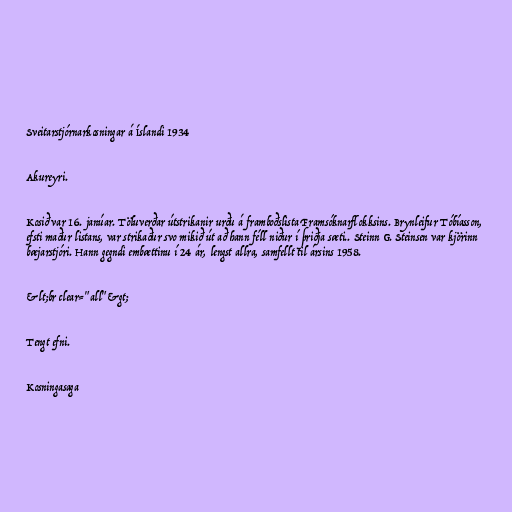
Sveitarstjórnarkosningar á Íslandi 1934

Akureyri.

Kosið var 16. janúar. Töluverðar útstrikanir urðu á framboðslista Framsóknarflokksins. Brynleifur Tóbíasson,
efsti maður listans, var strikaður svo mikið út að hann féll niður í þriðja sæti.. Steinn G. Steinsen var kjörinn
bæjarstjóri. Hann gegndi embættinu í 24 ár, lengst allra, samfellt til ársins 1958.

&lt;br clear="all"&gt;

Tengt efni.

Kosningasaga